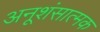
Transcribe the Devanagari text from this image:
अनूशंसात्मक